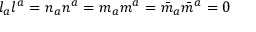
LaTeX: l _ { a } l ^ { a } = n _ { a } n ^ { a } = m _ { a } m ^ { a } = { \bar { m } } _ { a } { \bar { m } } ^ { a } = 0